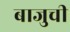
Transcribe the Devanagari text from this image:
बाजुची